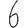
Digit: 6